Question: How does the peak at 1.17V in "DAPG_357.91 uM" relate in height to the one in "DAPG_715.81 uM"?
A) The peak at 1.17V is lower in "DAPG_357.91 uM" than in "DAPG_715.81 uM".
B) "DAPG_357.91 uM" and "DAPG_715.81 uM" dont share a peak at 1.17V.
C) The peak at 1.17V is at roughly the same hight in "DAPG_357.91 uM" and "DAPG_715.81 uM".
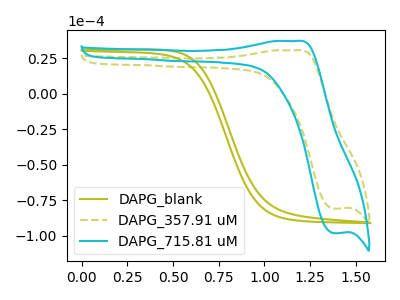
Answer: <think>The olive curve "DAPG_blank" has no peaks. The olive dashed curve "DAPG_357.91 uM" has an anodic peak at (1.15V, 30.70uA) and a cathodic peak at (1.40V, -80.90uA). The cyan curve "DAPG_715.81 uM" has an anodic peak at (1.15V, 37.25uA) and a cathodic peak at (1.40V, -98.20uA).</think>
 <answer>A) The peak at 1.17V is lower in "DAPG_357.91 uM" than in "DAPG_715.81 uM".</answer>
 <eval>A</eval>